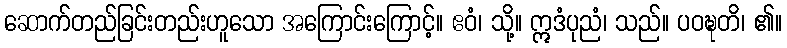
ဆောက်တည်ခြင်းတည်းဟူသော အကြောင်းကြောင့်။ ဧဝံ၊ သို့။ ဣဒံပုညံ၊ သည်။ ပဝဍ္ဎတိ၊ ၏။